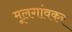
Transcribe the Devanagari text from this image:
मूलगांवकर